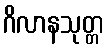
ဂိလာနသုတ္တ